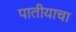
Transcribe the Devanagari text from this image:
पातीयाचा